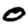
Digit: 0